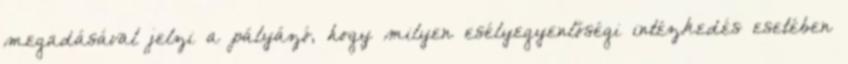
megadásával jelzi a pályázó, hogy milyen esélyegyenlőségi intézkedés esetében